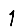
Digit: 1